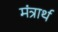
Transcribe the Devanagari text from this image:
मंत्रार्थ